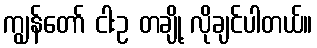
ကျွန်တော် ငါးဥ တချို့ လိုချင်ပါတယ်။